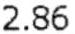
2.86